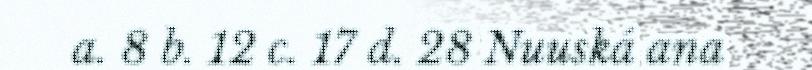
a. 8 b. 12 c. 17 d. 28 Nuuská ana